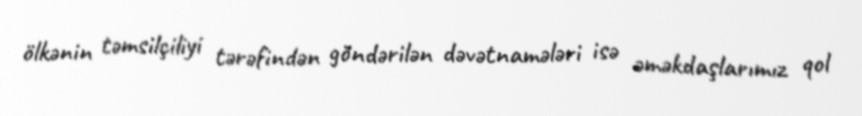
ölkənin təmsilçiliyi tərəfindən göndərilən dəvətnamələri isə əməkdaşlarımız qol